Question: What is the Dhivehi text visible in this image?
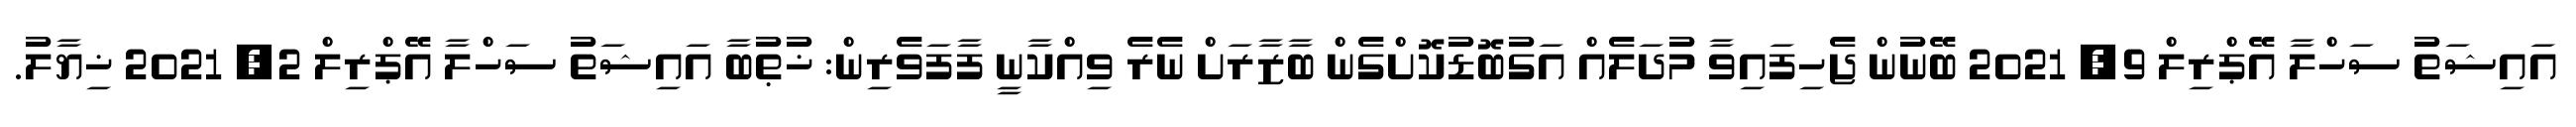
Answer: އައިޝަތު ސަހްލާ އޭޕްރިލް 9, 2021 ބޭނުން ޖެހިފައިވާ މުދަލެއް އަގުބޮޑުކޮށްގެން ބާޒާރަށް ނެރެ ވިއްކާނީ ފާފަވެރިން: ޚުޠުބާ އައިޝަތު ސަހްލާ އޭޕްރިލް 2, 2021 ޚިޔާލު.